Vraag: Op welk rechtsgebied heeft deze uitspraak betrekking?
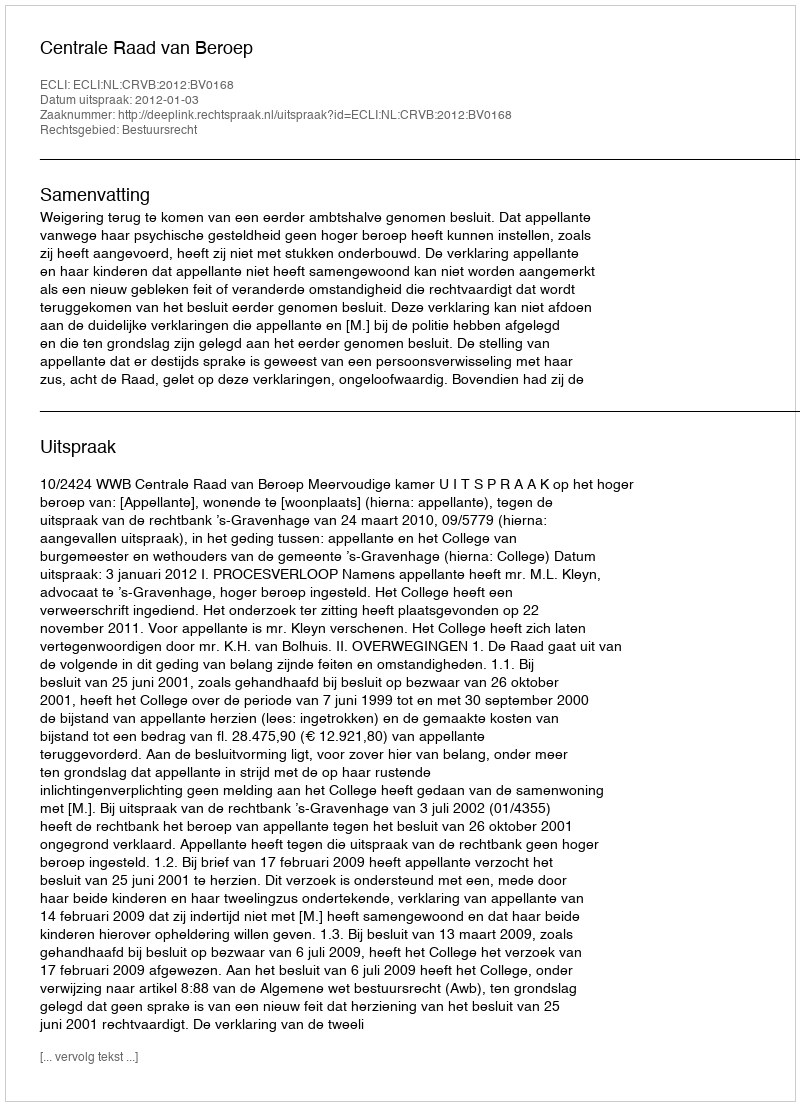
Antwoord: Bestuursrecht